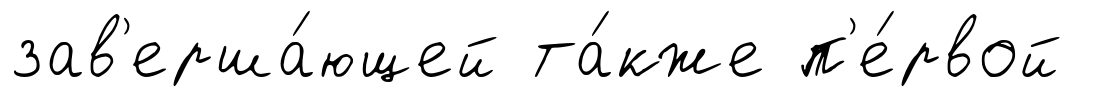
зав'ерша́ющей та́кже п'е́рвой